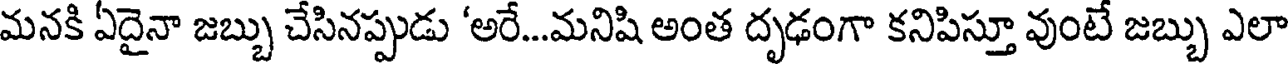
మనకి ఏదైనా జబ్బు చేసినప్పుడు 'అరే...మనిషి అంత దృఢంగా కనిపిస్తూ వుంటే జబ్బు ఎలా